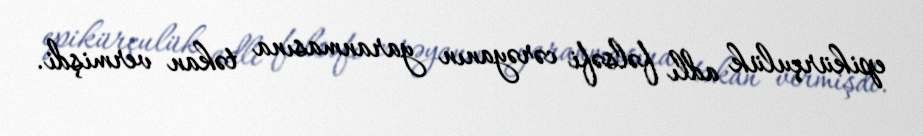
epikürçulük adlı fəlsəfi cərəyanın yaranmasına təkan vermişdi.